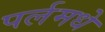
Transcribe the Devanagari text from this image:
पर्लमधे